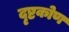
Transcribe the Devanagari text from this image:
दृष्टकोण